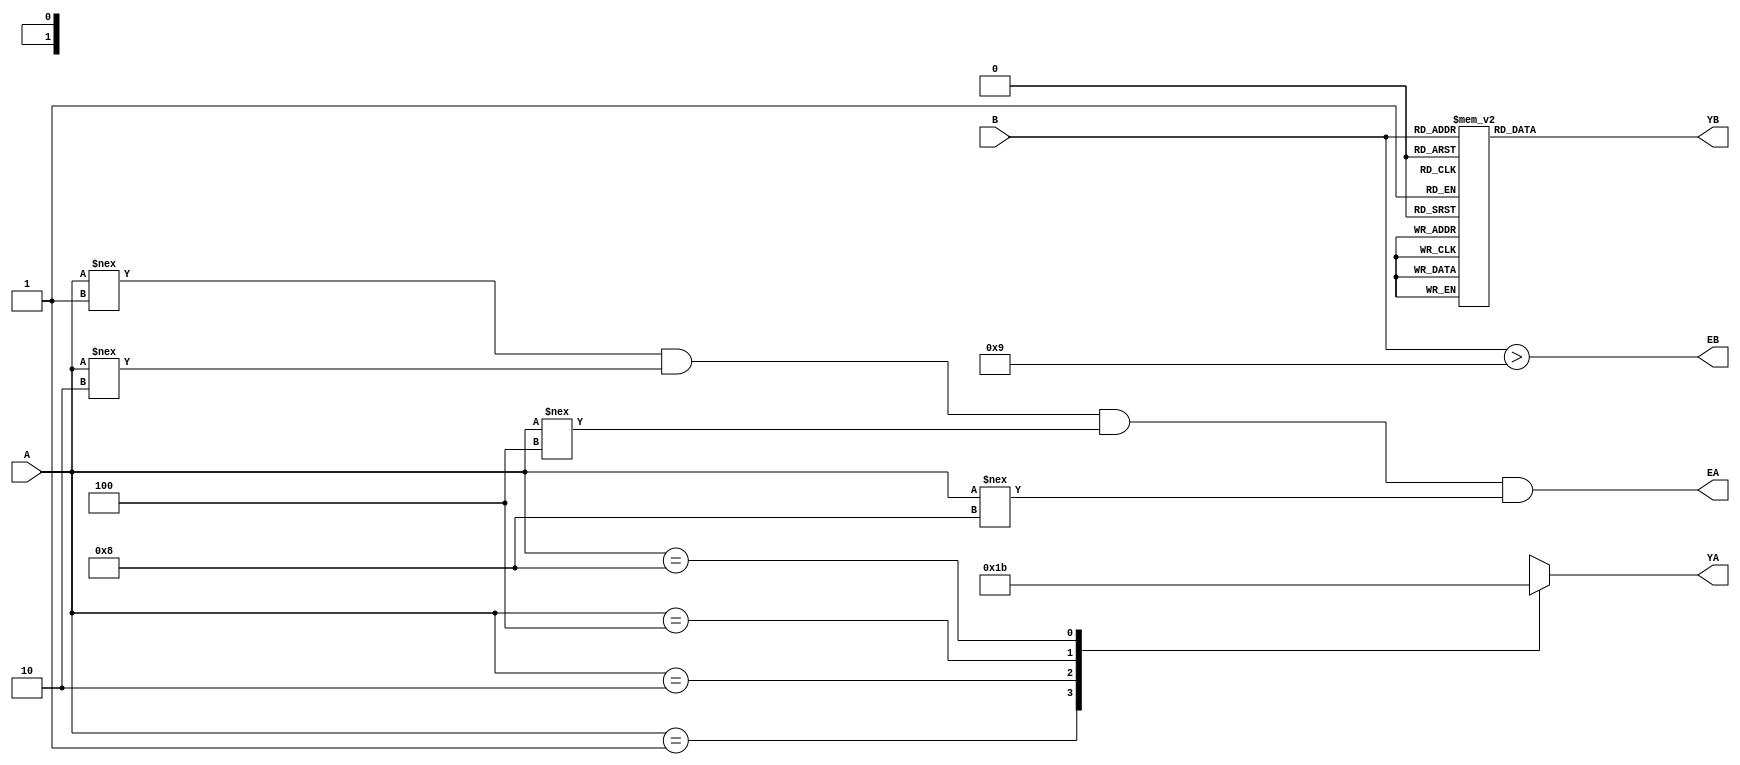
module piero(A,B,YA,YB,EA,EB);

input wire [3:0] A,B;
output reg [1:0] YA;
output reg [9:0] YB;
output wire EA,EB;

always @ (A)
begin
	case (A)
		4'b0001: YA <= 2'b00;
		4'b0010: YA <= 2'b01;
		4'b0100: YA <= 2'b10;
		4'b1000: YA <= 2'b11; 
		default: YA <= 2'bxx; 
	endcase
end

assign EA = (A !== 4'b0001) & (A !== 4'b0010) & (A !== 4'b0100) & (A !== 4'b1000);

always @ (B)
begin
	case (B)
		4'd0: YB <= 10'b00000_00001;
		4'd1: YB <= 10'b00000_00010;
		4'd2: YB <= 10'b00000_00100;
		4'd3: YB <= 10'b00000_01000;
		4'd4: YB <= 10'b00000_10000;
		4'd5: YB <= 10'b00001_00000;
		4'd6: YB <= 10'b00010_00000;
		4'd7: YB <= 10'b00100_00000;
		4'd8: YB <= 10'b01000_00000;
		4'd9: YB <= 10'b10000_00000;
		default: YB <= 10'dx;
	endcase
end

assign EB = (B>4'd9);

endmodule